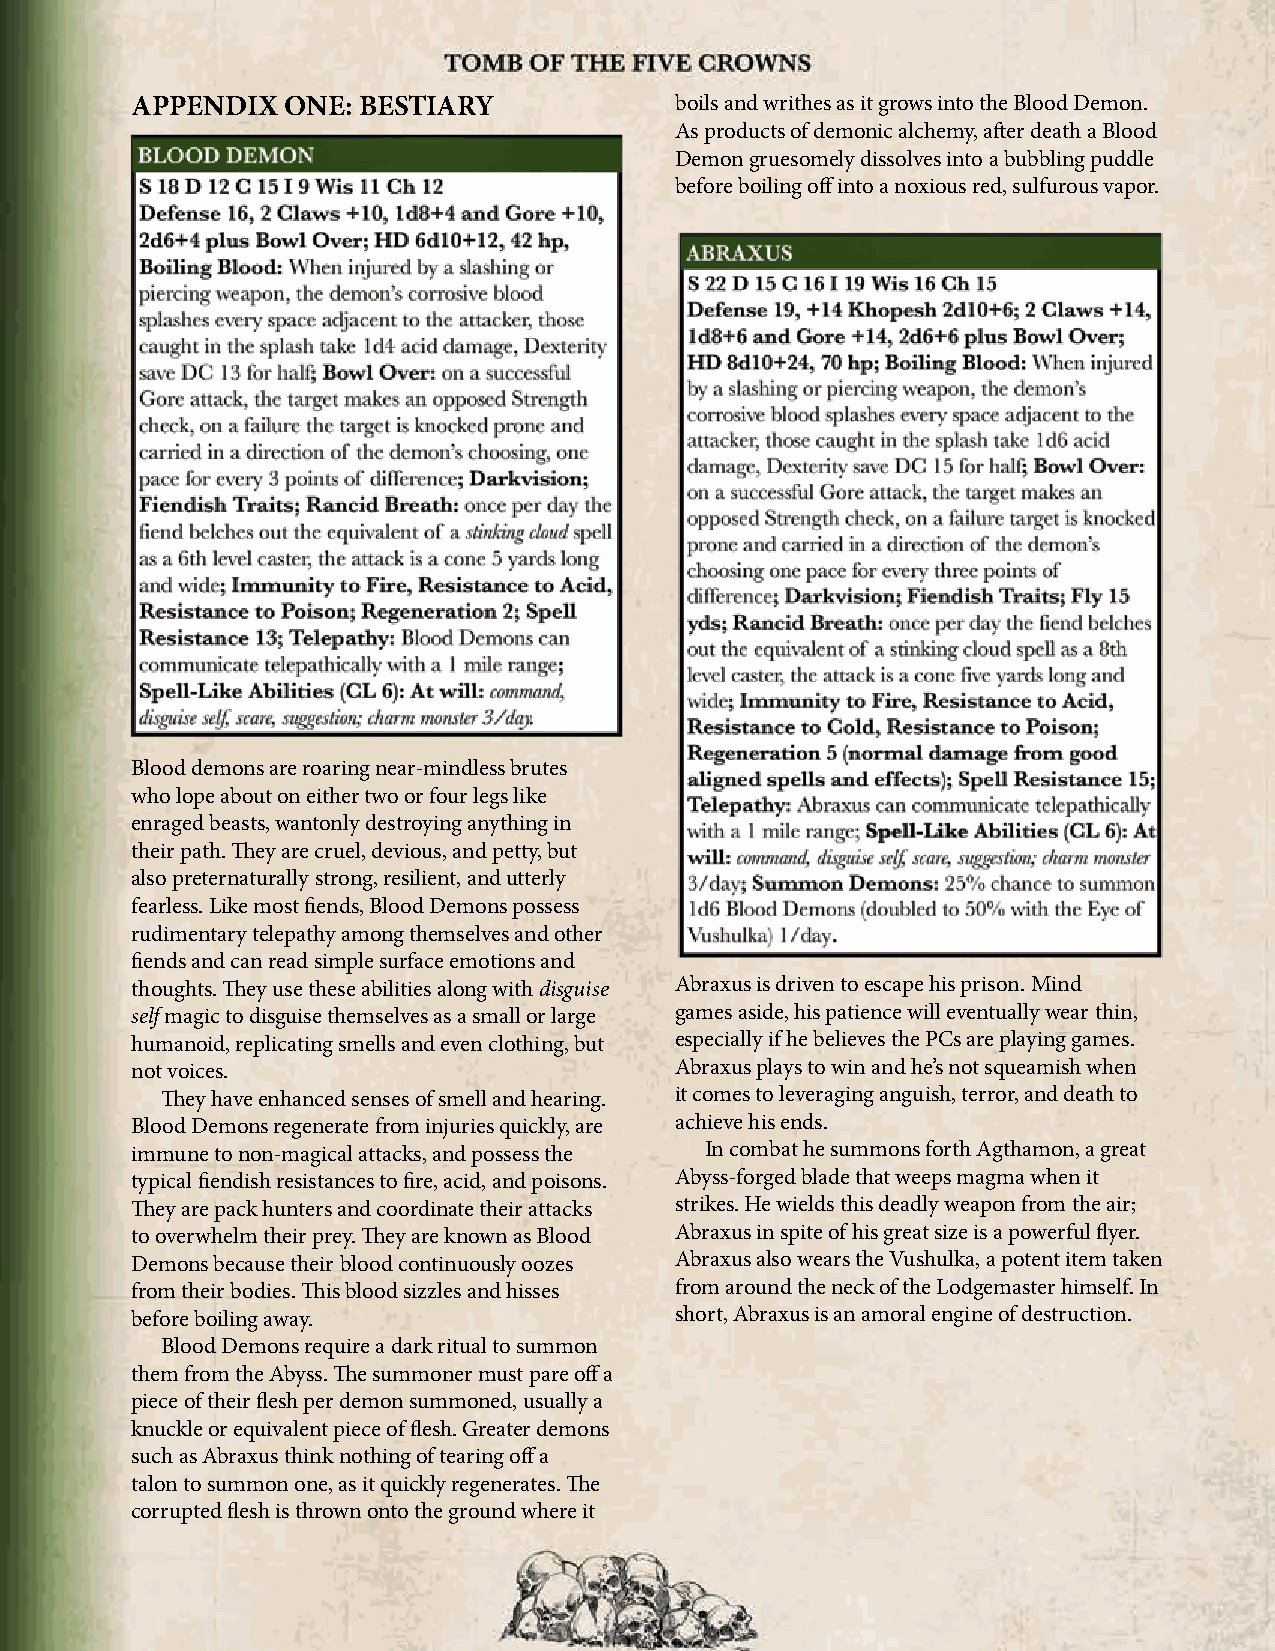
TOMB          OF    THE        FIVE      CROWNS
 APPENDIX  ONE: BESTIARY             boils and writhes as it grows into the Blood Demon.
 As products of demonic alchemy, after death a Blood
 Demon gruesomely dissolves into a bubbling puddle
 before boiling off into a noxious red, sulfurous vapor.
 Blood demons are roaring near-mindless brutes
 who lope about on either two or four legs like
 enraged beasts, wantonly destroying anything in
 their path. They are cruel, devious, and petty, but
 also preternaturally strong, resilient, and utterly
 fearless. Like most fiends, Blood Demons possess
 rudimentary telepathy among themselves and other
 fiends and can read simple surface emotions and
 thoughts. They use these abilities along with disguise Abraxus is driven to escape his prison. Mind
 self magic to disguise themselves as a small or large games aside, his patience will eventually wear thin,
 humanoid, replicating smells and even clothing, but especially if he believes the PCs are playing games.
 not voices.                         Abraxus plays to win and he’s not squeamish when
 They have enhanced senses of smell and hearing. it comes to leveraging anguish, terror, and death to
 Blood Demons regenerate from injuries quickly, are achieve his ends.
 immune to non-magical attacks, and possess the In combat he summons forth Agthamon, a great
 typical fiendish resistances to fire, acid, and poisons. Abyss-forged blade that weeps magma when it
 They are pack hunters and coordinate their attacks strikes. He wields this deadly weapon from the air;
 to overwhelm their prey. They are known as Blood Abraxus in spite of his great size is a powerful flyer.
 Demons because their blood continuously oozes Abraxus also wears the Vushulka, a potent item taken
 from their bodies. This blood sizzles and hisses from around the neck of the Lodgemaster himself. In
 before boiling away.                short, Abraxus is an amoral engine of destruction.
 Blood Demons require a dark ritual to summon
 them from the Abyss. The summoner must pare off a
 piece of their flesh per demon summoned, usually a
 knuckle or equivalent piece of flesh. Greater demons
 such as Abraxus think nothing of tearing off a
 talon to summon one, as it quickly regenerates. The
 corrupted flesh is thrown onto the ground where it